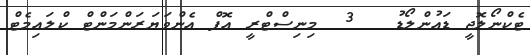
ޓެކްނޯލޮޖީ ޑައުންލޯޑު   3  މިނިސްޓްރީ އޮފް އެންވަޔަރަންމަންޓް ކްލައިމެޓް